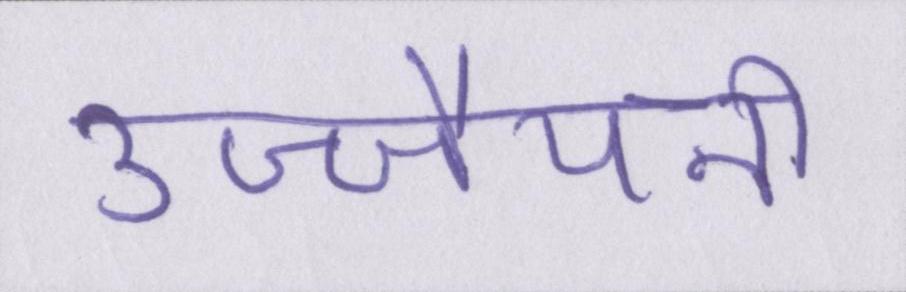
उज्जैयनी